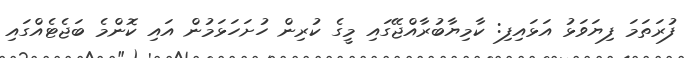
ފުރަތަމަ ފިޔަވަޅު އަޅައިފި: ކާމިޔާބުރާއްޖޭގައި މީގެ ކުރިން ހުށަހަޅަމުން އައި ކޮންމެ ބަޖެޓެއްގައި